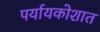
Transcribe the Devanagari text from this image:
पर्यायकोशात